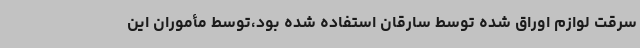
سرقت لوازم اوراق شده توسط سارقان استفاده شده بود،توسط مأموران این